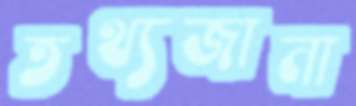
তথ্যজানা